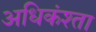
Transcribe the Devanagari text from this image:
अधिकंश्ता